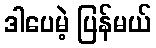
ဒါပေမဲ့ ပြန်မယ်